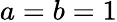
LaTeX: a=b=1